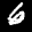
Label: 6